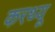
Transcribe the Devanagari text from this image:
करथ्यू